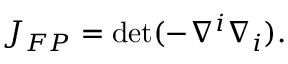
J _ { F P } = \operatorname * { d e t } ( - \nabla ^ { i } \nabla _ { i } ) .